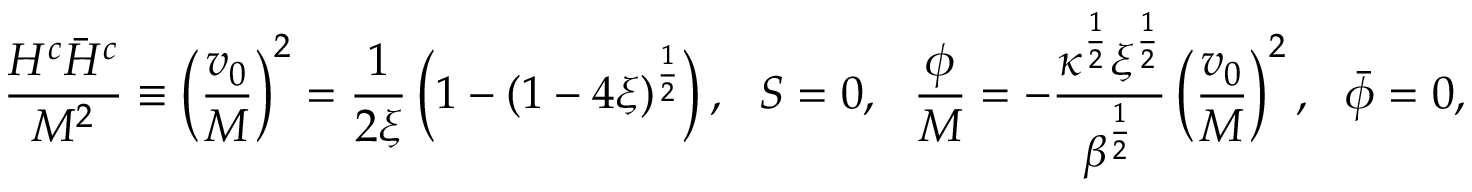
\frac { H ^ { c } \bar { H } ^ { c } } { M ^ { 2 } } \equiv \left( \frac { v _ { 0 } } { M } \right) ^ { 2 } = \frac { 1 } { 2 \xi } \left( 1 - ( 1 - 4 \xi ) ^ { \frac { 1 } { 2 } } \right) , ~ ~ S = 0 , ~ ~ \frac { \phi } { M } = - \frac { \kappa ^ { \frac { 1 } { 2 } } \xi ^ { \frac { 1 } { 2 } } } { \beta ^ { \frac { 1 } { 2 } } } \left( \frac { v _ { 0 } } { M } \right) ^ { 2 } , ~ ~ \bar { \phi } = 0 ,